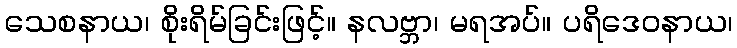
သေစနာယ၊ စိုးရိမ်ခြင်းဖြင့်။ နလဗ္ဘာ၊ မရအပ်။ ပရိဒေဝနာယ၊